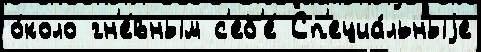
о́коло гн'е́вным с'еб'е́ Сп'ециа́льныjе